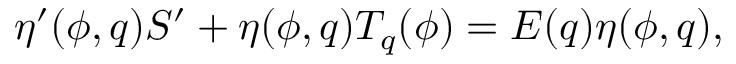
\eta ^ { \prime } ( \phi , q ) { S } ^ { \prime } + \eta ( \phi , q ) T _ { q } ( \phi ) = E ( q ) \eta ( \phi , q ) ,